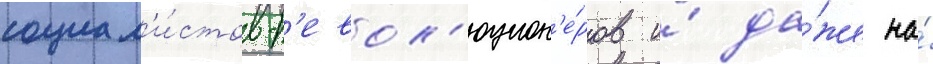
социал'и́стов-р'евол'юцион'е́ров и́ да́же на́